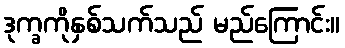
ဒုက္ခကိုနှစ်သက်သည် မည်ကြောင်း။